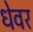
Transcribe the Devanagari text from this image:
धेवर